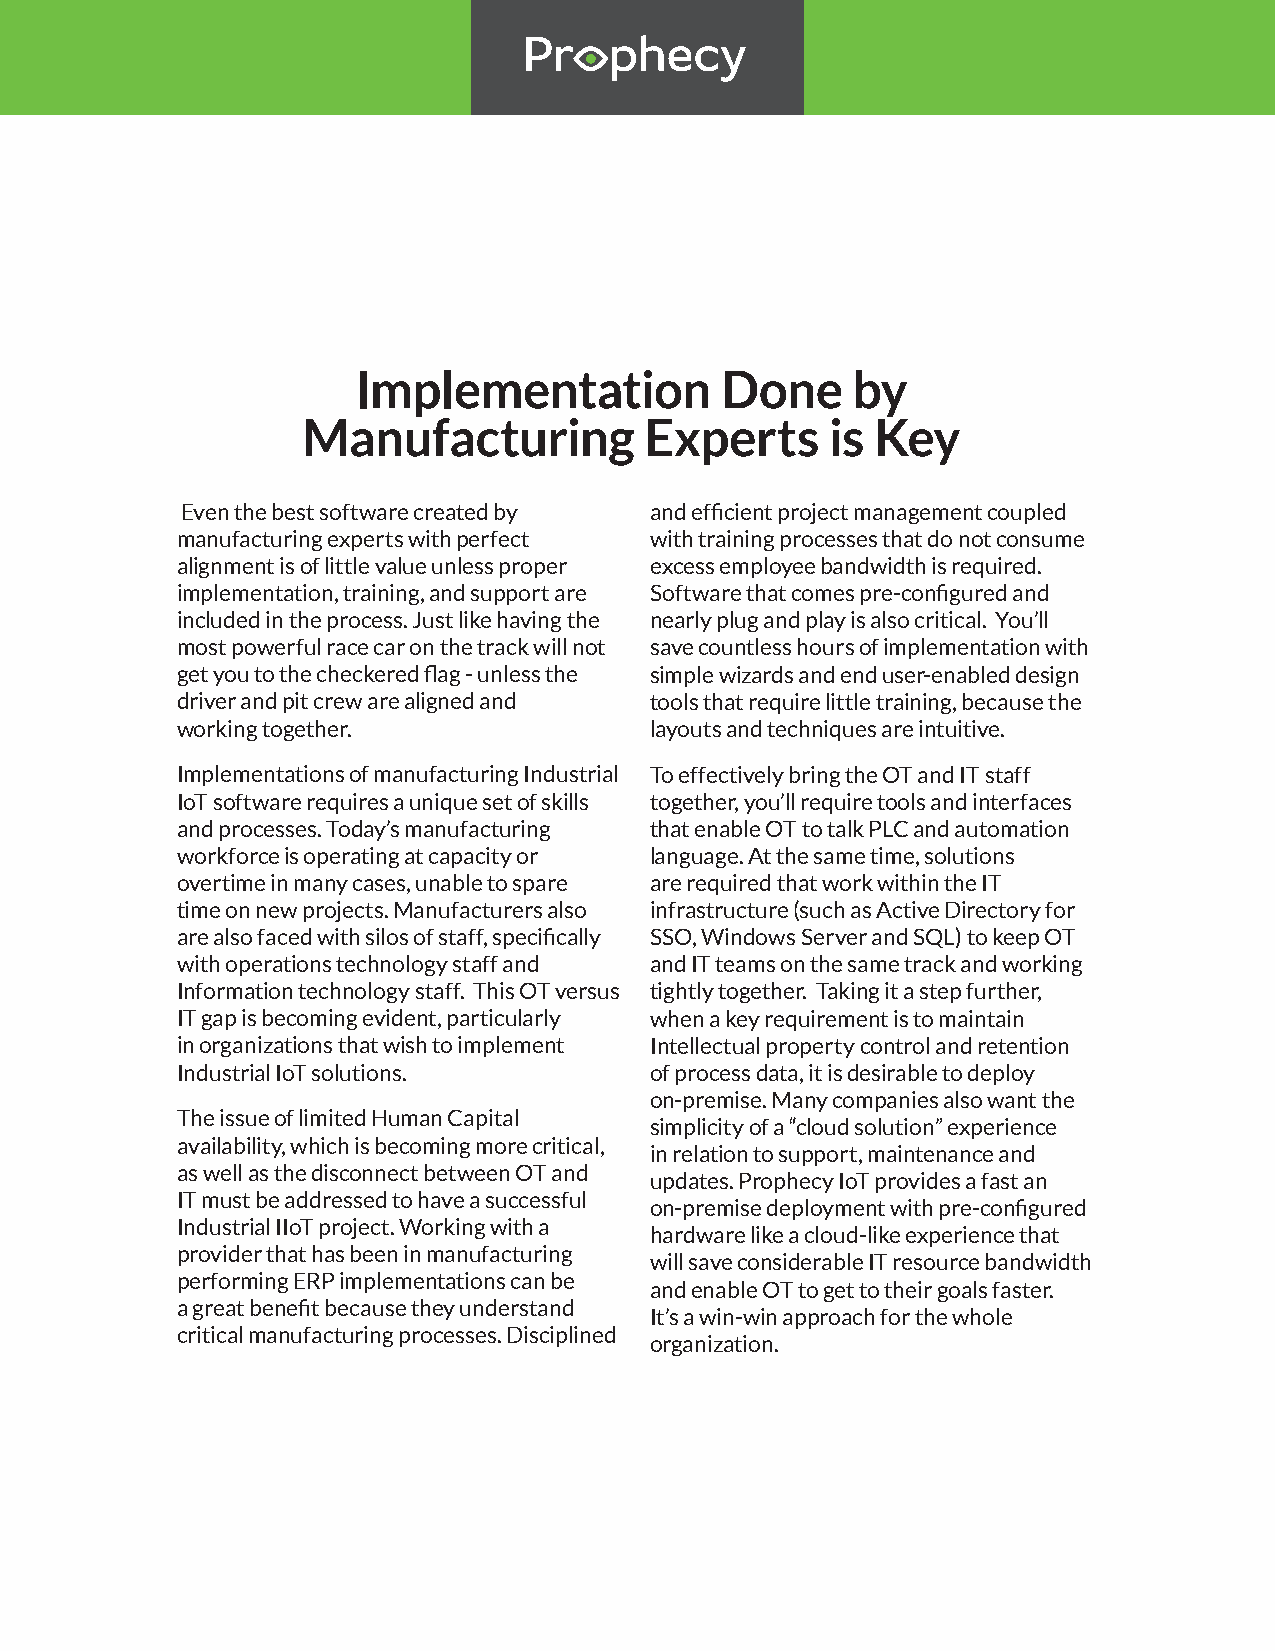
Implementation          Done    by
 Manufacturing          Experts     is Key
 Even the best software created by and efficient project management coupled
 manufacturing experts with perfect with training processes that do not consume
 alignment is of little value unless proper excess employee bandwidth is required.
 implementation, training, and support are Software that comes pre-configured and
 included in the process. Just like having the nearly plug and play is also critical. You’ll
 most powerful race car on the track will not save countless hours of implementation with
 get you to the checkered flag - unless the simple wizards and end user-enabled design
 driver and pit crew are aligned and tools that require little training, because the
 working together.              layouts and techniques are intuitive.
 Implementations of manufacturing Industrial To effectively bring the OT and IT staff
 IoT software requires a unique set of skills together, you’ll require tools and interfaces
 and processes. Today’s manufacturing that enable OT to talk PLC and automation
 workforce is operating at capacity or language. At the same time, solutions
 overtime in many cases, unable to spare are required that work within the IT
 time on new projects. Manufacturers also infrastructure (such as Active Directory for
 are also faced with silos of staff, specifically SSO, Windows Server and SQL) to keep OT
 with operations technology staff and and IT teams on the same track and working
 Information technology staff. This OT versus tightly together. Taking it a step further,
 IT gap is becoming evident, particularly when a key requirement is to maintain
 in organizations that wish to implement Intellectual property control and retention
 Industrial IoT solutions.      of process data, it is desirable to deploy
 on-premise. Many companies also want the
 The issue of limited Human Capital
 simplicity of a “cloud solution” experience
 availability, which is becoming more critical,
 in relation to support, maintenance and
 as well as the disconnect between OT and
 updates. Prophecy IoT provides a fast an
 IT must be addressed to have a successful
 on-premise deployment with pre-configured
 Industrial IIoT project. Working with a
 hardware like a cloud-like experience that
 provider that has been in manufacturing
 will save considerable IT resource bandwidth
 performing ERP implementations can be
 and enable OT to get to their goals faster.
 a great benefit because they understand
 It’s a win-win approach for the whole
 critical manufacturing processes. Disciplined
 organization.